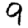
Digit: 9